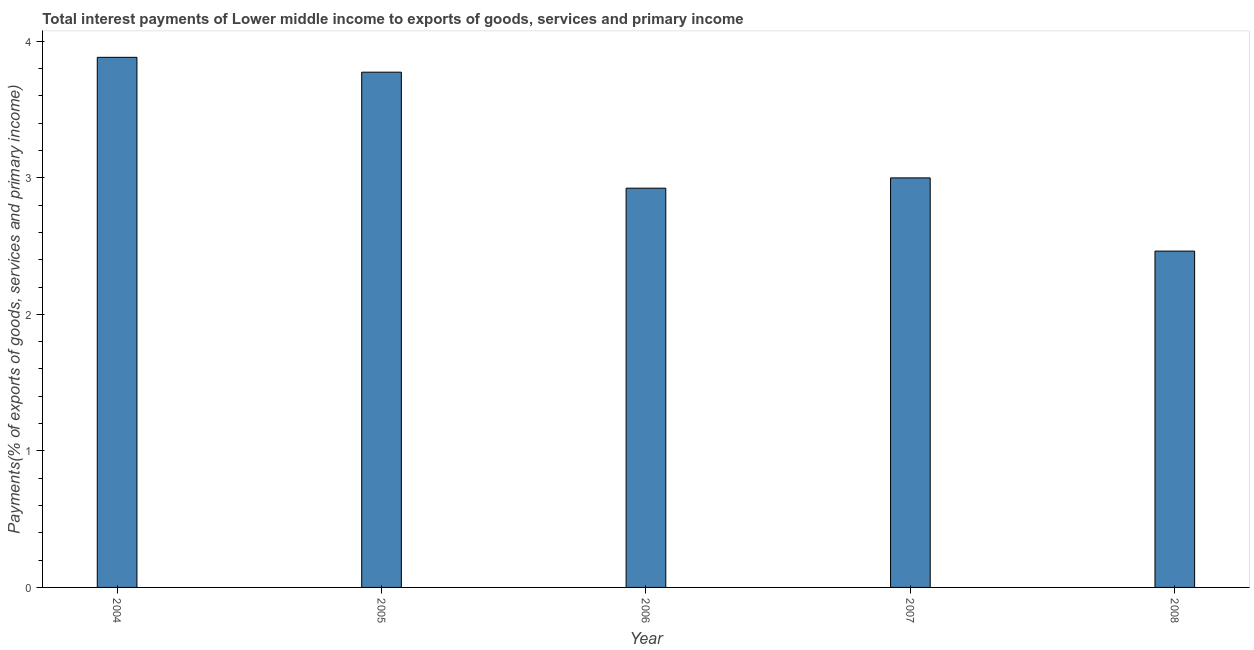
| Year | Interest payments on external debt |
 | --- | --- |
 | 2004 | 3.88 |
 | 2005 | 3.77 |
 | 2006 | 2.92 |
 | 2007 | 3 |
 | 2008 | 2.46 |